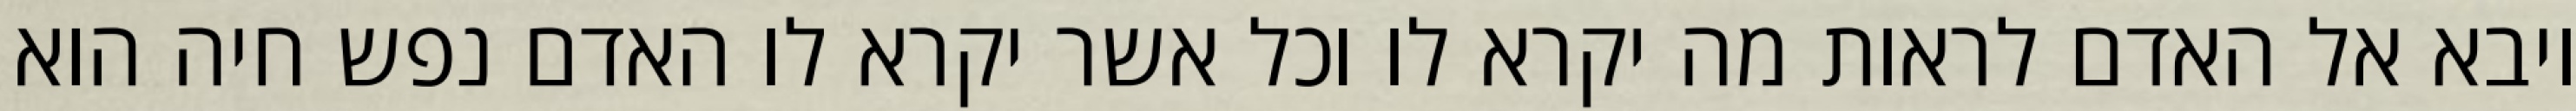
ויבא אל האדם לראות מה יקרא לו וכל אשר יקרא לו האדם נפש חיה הוא